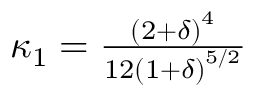
\begin{array} { r } { \kappa _ { 1 } = \frac { { { { ( { 2 + \delta } ) } ^ { 4 } } } } { { 1 2 { { ( { 1 + \delta } ) } ^ { 5 / 2 } } } } } \end{array}